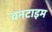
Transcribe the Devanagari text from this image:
वनटाइम